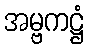
အမ္ဗကဋ္ဌံ